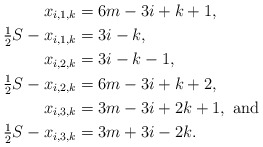
\begin{align*}x_{i,1,k} &= 6m-3i+k+1, \\\tfrac{1}{2} S -x_{i,1,k} &= 3i -k, \\x_{i,2,k} &= 3i-k-1, \\\tfrac{1}{2} S - x_{i,2,k} &= 6m-3i+k+2, \\x_{i,3,k} &= 3m-3i+2k+1, \mbox{ and } \\\tfrac{1}{2} S - x_{i,3,k} &= 3m+3i-2k. \end{align*}